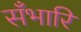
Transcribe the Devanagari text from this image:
सँभारि